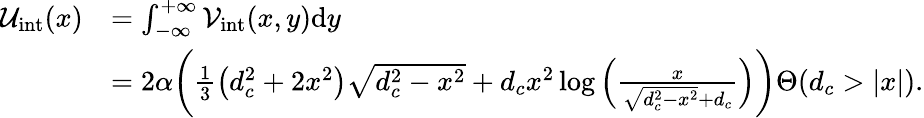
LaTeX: \begin{array}{rl}{\mathcal{U}_{\mathrm{int}}(x)}&{=\int_{-\infty}^{+\infty}\mathcal{V}_{\mathrm{int}}(x,y)\mathrm{d}y}\\ &{=2\alpha\bigg(\frac{1}{3}\left(d_{c}^{2}+2x^{2}\right)\sqrt{d_{c}^{2}-x^{2}}+d_{c}x^{2}\log\left(\frac{x}{\sqrt{d_{c}^{2}-x^{2}}+d_{c}}\right)\bigg)\Theta(d_{c}>|x|).}\end{array}